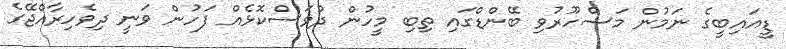
ޑީއައިބީގެ ނަމުން މަޝްހޫރުވި ބޭންޑްގައި ތިބި މީހުން ދުވަސްކޮޅެއް ފަހުން ވަނީ ދިވެހިރާއްޖޭގެ